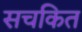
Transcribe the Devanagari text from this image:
सचकित